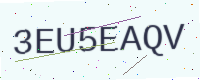
Text: 3EU5EAQV